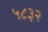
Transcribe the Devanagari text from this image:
५८३२